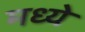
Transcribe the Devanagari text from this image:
मध्येे